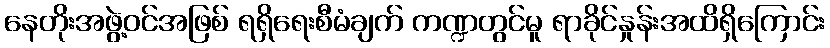
နေတိုးအဖွဲ့ဝင်အဖြစ် ရရှိရေးစီမံချက် ကဏ္ဍတွင်မူ ရာခိုင်နှုန်းအထိရှိကြောင်း